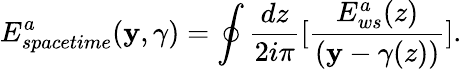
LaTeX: E_{spacetime}^{a}(\mathbf{y},\gamma)=\oint{\frac{{dz}}{{2i\pi}}}\lbrack{\frac{{E_{ws}^{a}(z)}}{{(\mathbf{y}-\gamma(z))}}}\rbrack.